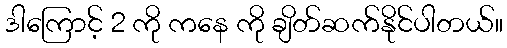
ဒါကြောင့် 2 ကို ကနေ ကို ချိတ်ဆက်နိုင်ပါတယ်။